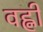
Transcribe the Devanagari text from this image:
वह्नी